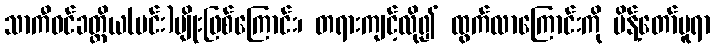
သာကီဝင်ခတ္တိယ(မင်း)မျိုးဖြစ်ကြောင်း၊ တရားကျင့်လို၍ ထွက်လာကြောင်းကို မိန့်တော်မူရာ